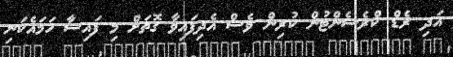
އަދި ރެޑް ކްރެސެންޓުން ކުރިން ވެސް އެދިފައިވާ ގޮތަށް މި ފައިސާ ހަމައެކަނި